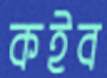
কইব